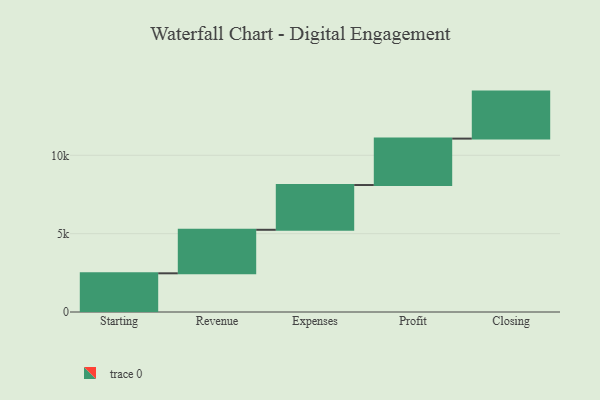
{"axis": {"x": "Step", "y": "Value"}, "legend": [""], "data": [{"x": "Starting", "y": 2469.0, "type": ""}, {"x": "Revenue", "y": 2777.0, "type": ""}, {"x": "Expenses", "y": 2857.0, "type": ""}, {"x": "Profit", "y": 2962.0, "type": ""}, {"x": "Closing", "y": 3000, "type": ""}]}